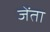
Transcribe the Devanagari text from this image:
जेंता